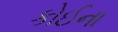
કોઈના